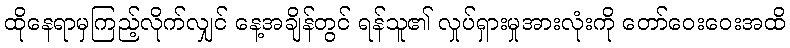
ထိုနေရာမှကြည့်လိုက်လျှင် နေ့အချိန်တွင် ရန်သူ၏ လှုပ်ရှားမှုအားလုံးကို တော်ဝေးဝေးအထိ